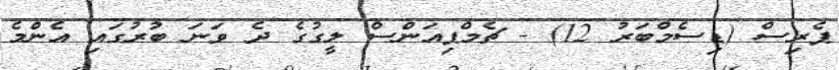
ޕެރިސް (ޑިސެމްބަރު 12) - ޗެމްޕިއަންސް ލީގުގެ ދެ ވަނަ ބުރުގައި އެންމެ